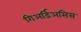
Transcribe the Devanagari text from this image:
गिअर्डिअसिस